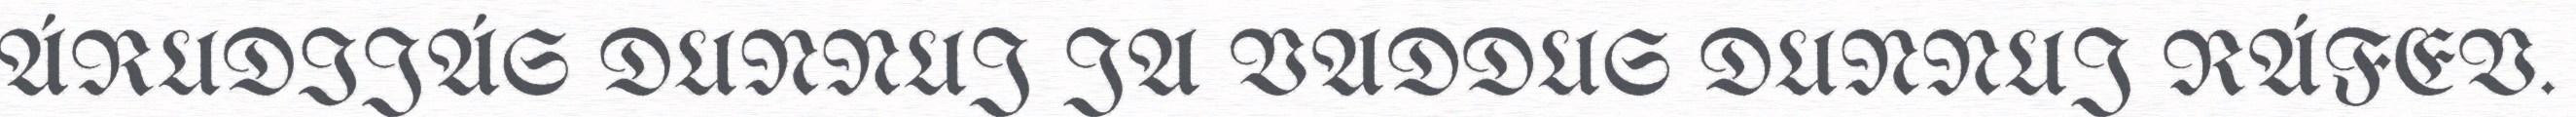
ÁRUDIJÁS DUNNUJ JA VADDUS DUNNUJ RÁFEV.